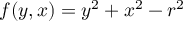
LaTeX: f ( y , x ) = y ^ { 2 } + x ^ { 2 } - r ^ { 2 }